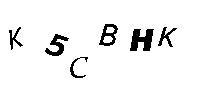
K5CBHK